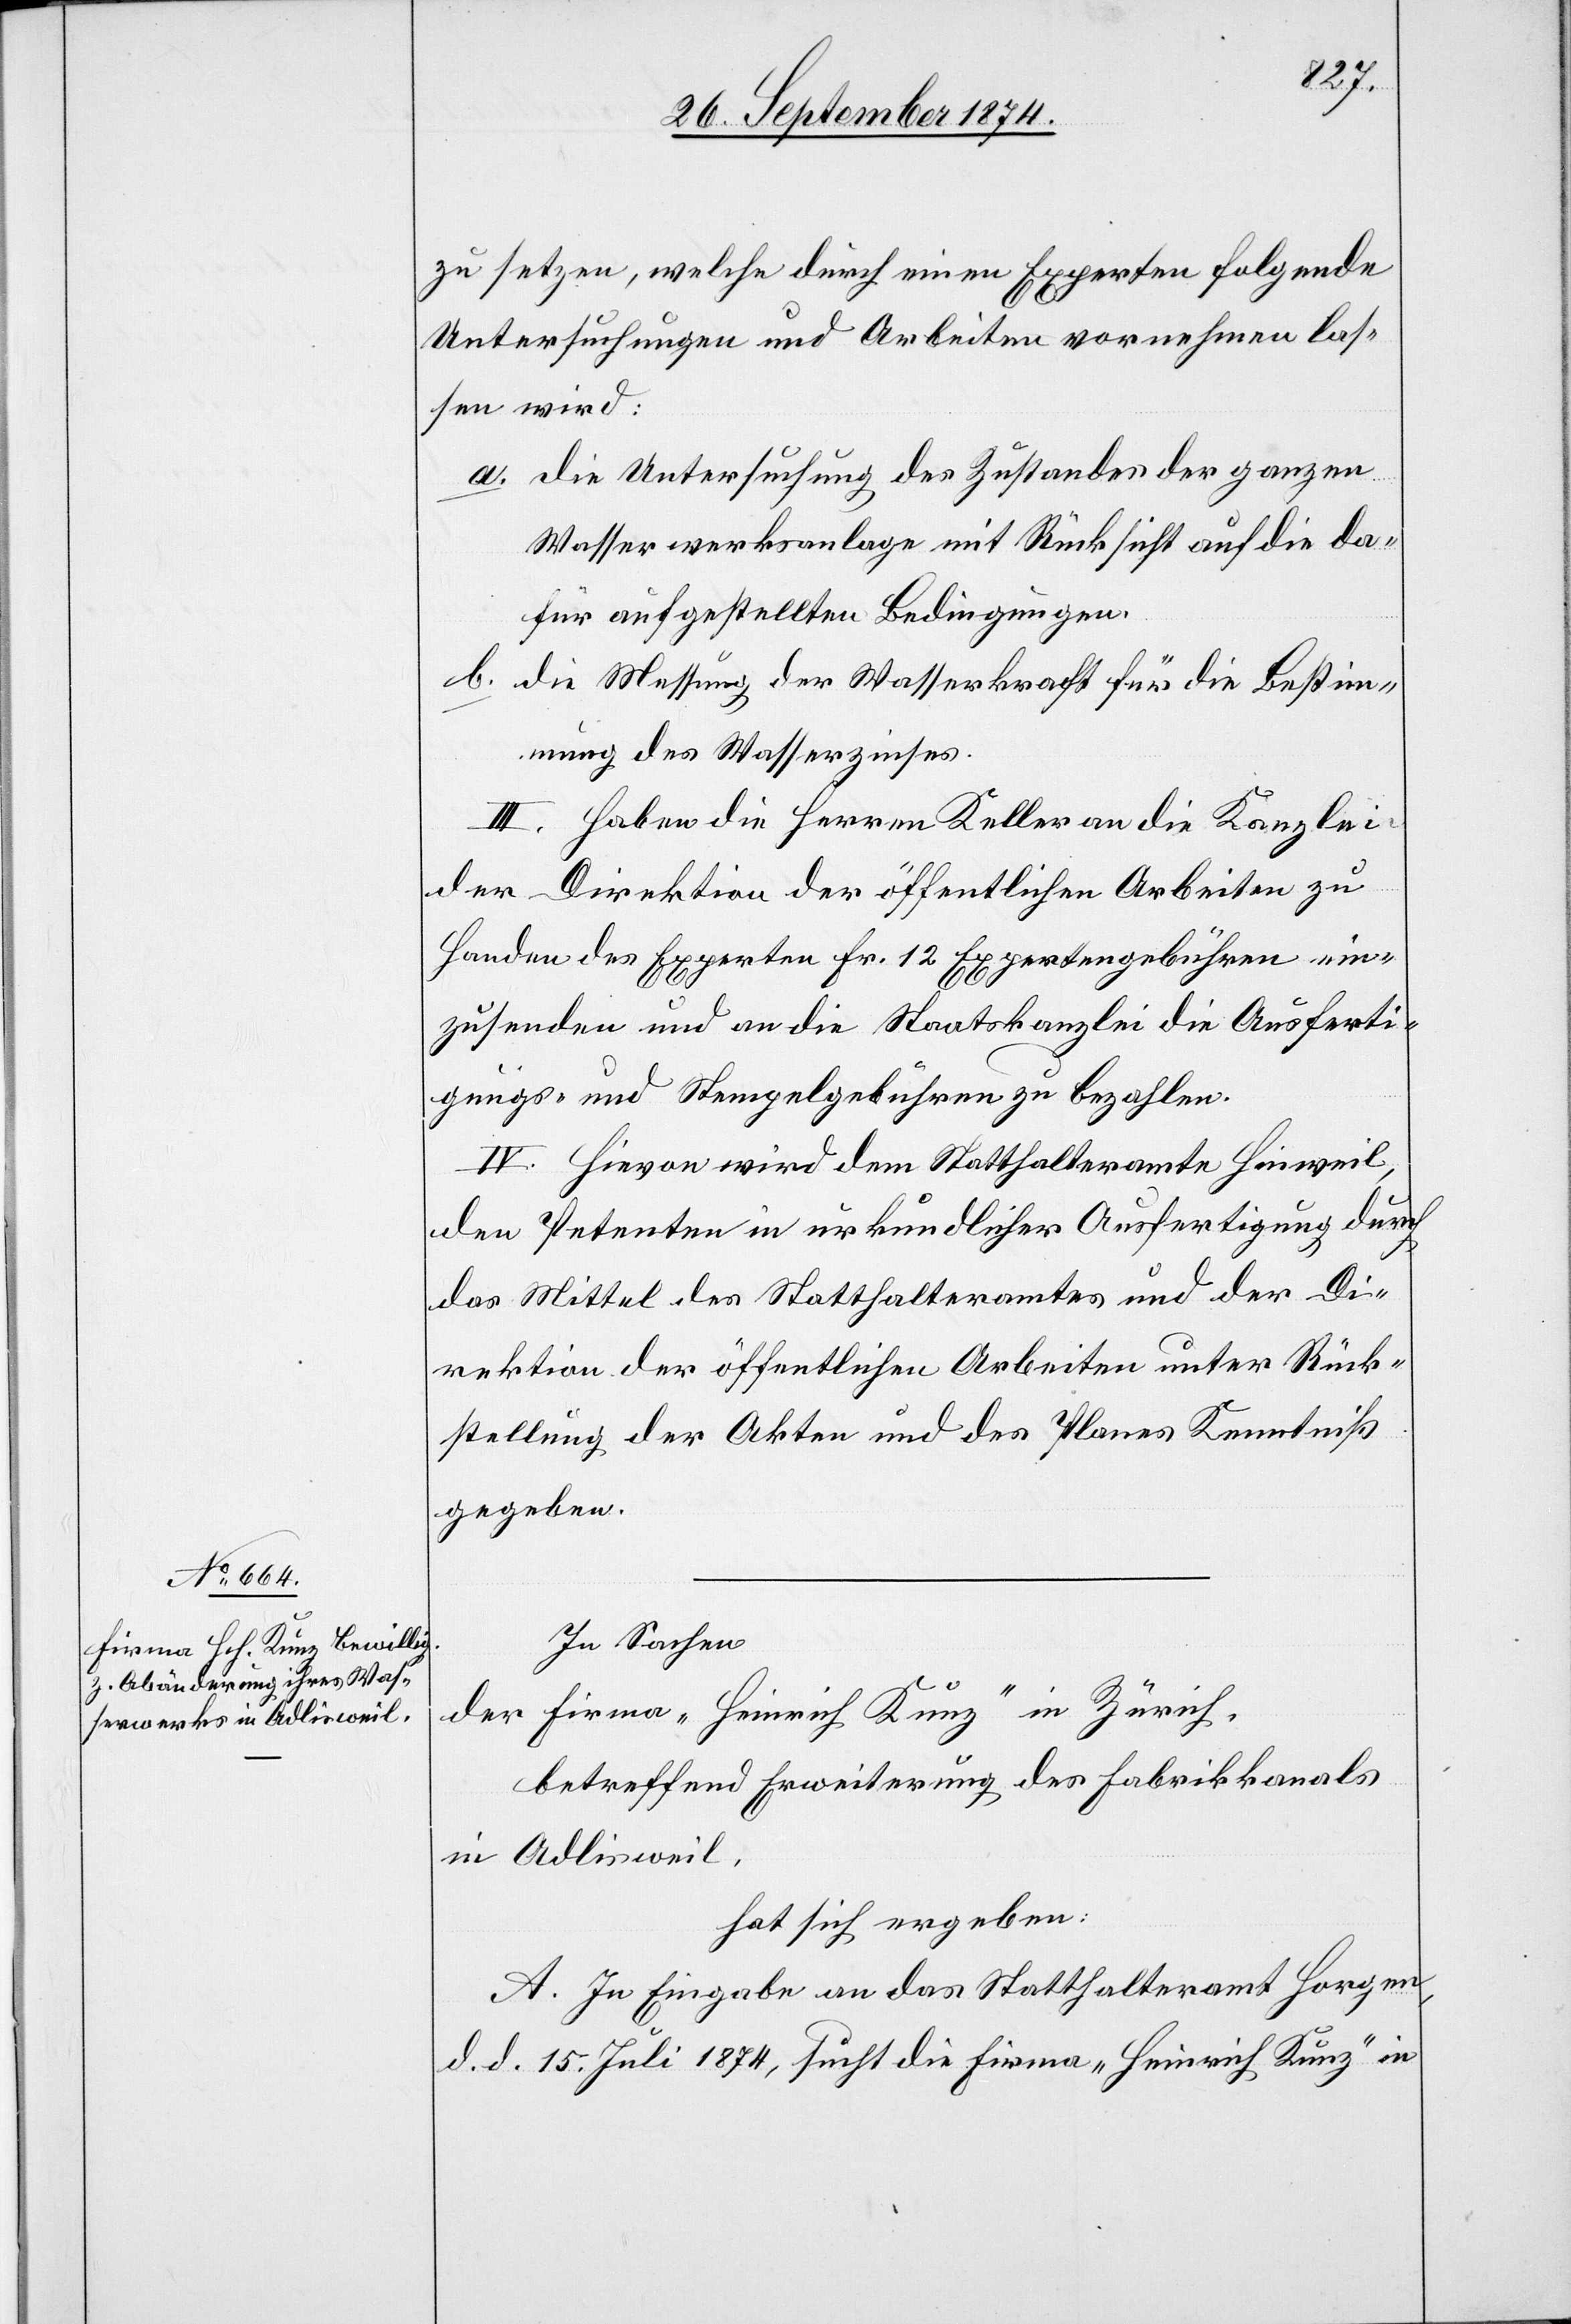
zu setzen, welche durch einen Experten folgende
Untersuchungen und Arbeiten vornehmen las¬
sen wird:
a. die Untersuchung des Zustandes der ganzen
Wasserwerksanlage mit Rücksicht auf die da¬
für aufgestellten Bedingungen.
b. die Messung der Wasserkraft für die Bestim¬
mung des Wasserzinses.
III. Haben die Herren Keller an die Kanzlei
der Direktion der öffentlichen Arbeiten zu
Handen des Experten Fr. 12 Expertengebühren ein¬
zusenden und an die Staatskanzlei die Ausferti¬
gungs- und Stempelgebühren zu bezahlen.
IV. Hievon wird dem Statthalteramte Hinweil,
den Petenten in urkundlicher Ausfertigung durch
das Mittel des Statthalteramtes und der Di¬
rektion der öffentlichen Arbeiten unter Rück¬
stellung der Akten und des Planes Kenntniß
gegeben.
In Sachen
der Firma „Heinrich Kunz“ in Zürich,
betreffend Erweiterung des Fabrikkanals
in Adlisweil,
hat sich ergeben:
A. In Eingabe an das Statthalteramt Horgen,
d. d. 15. Juli 1874, sucht die Firma „Heinrich Kunz“ in